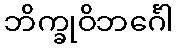
ဘိက္ခုဝိဘင်္ဂေါ